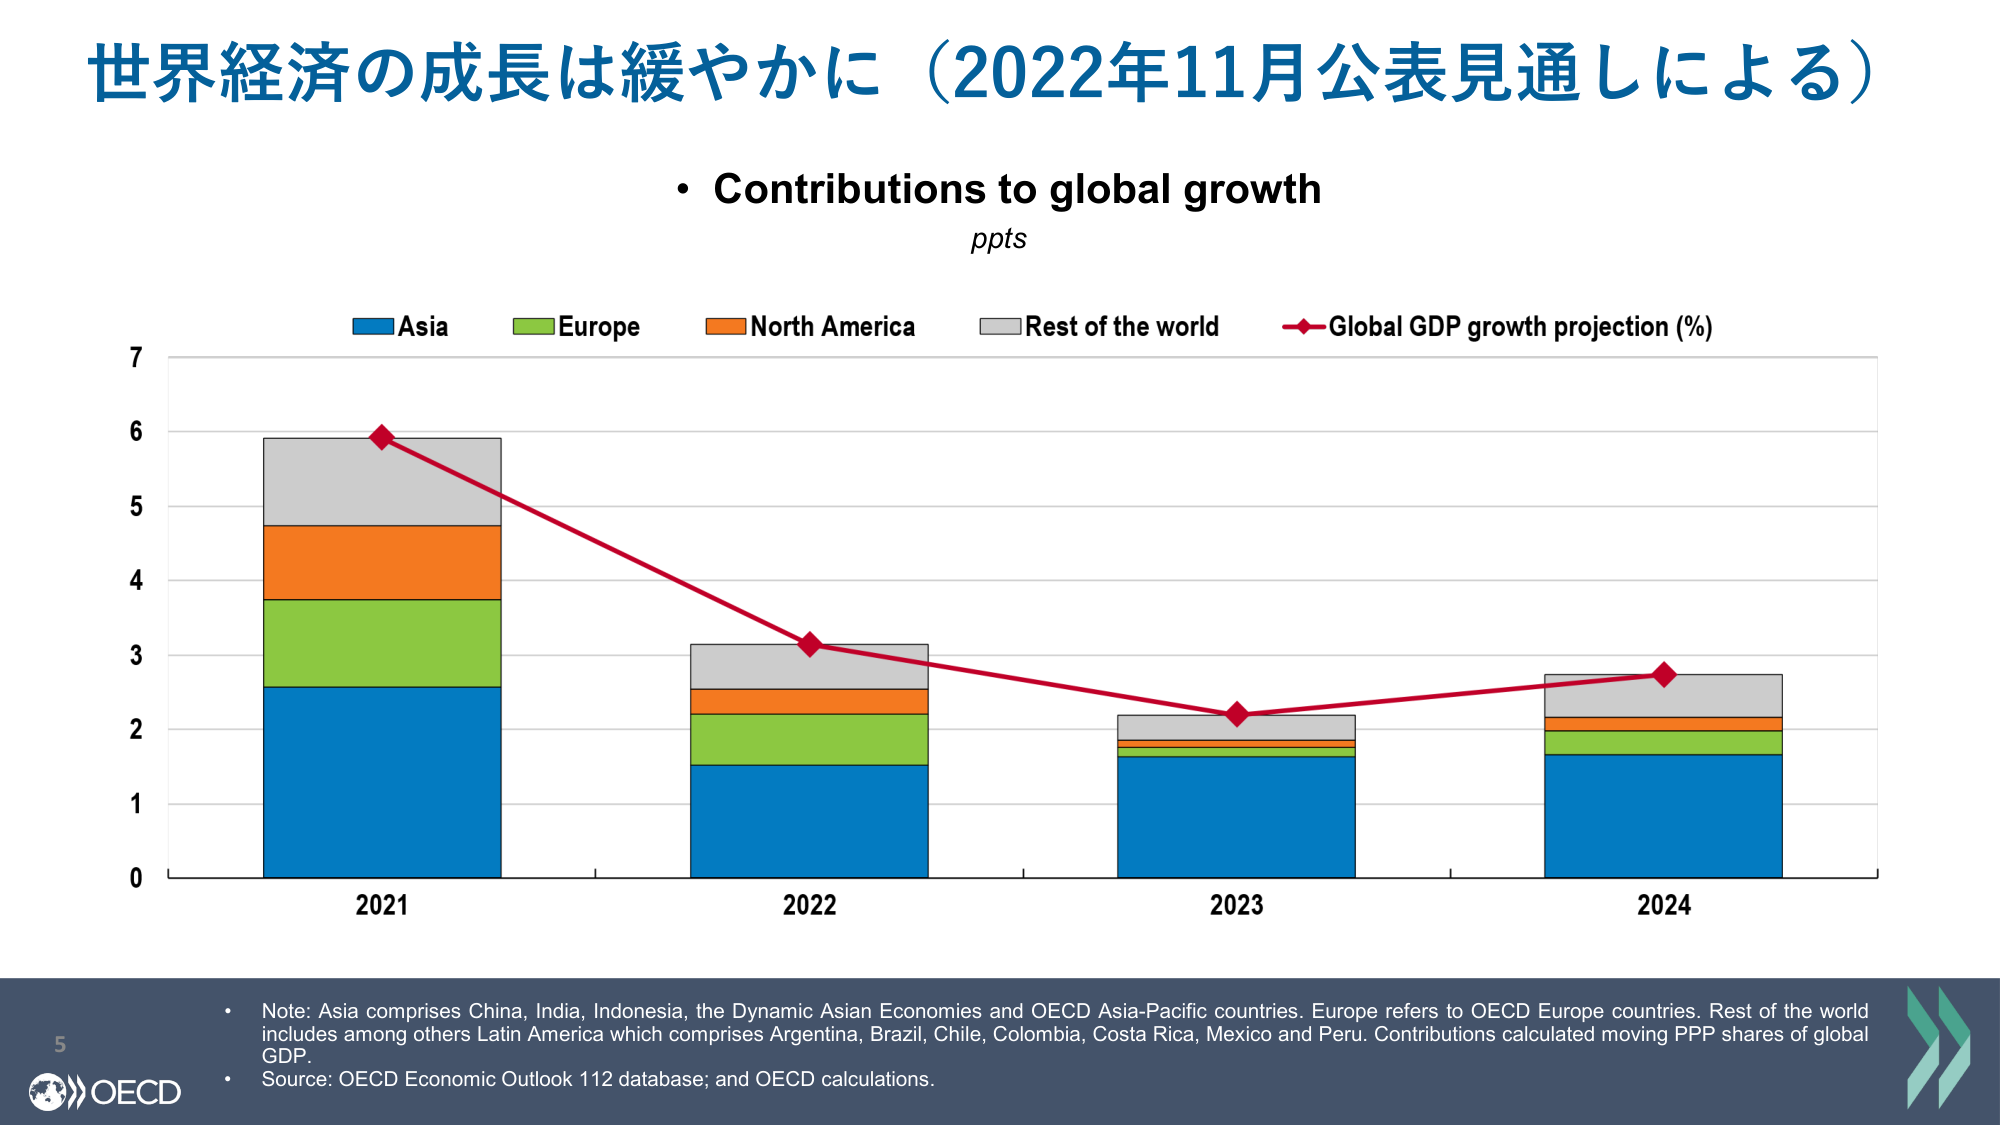
世界経済の成長は緩やかに（2022年11月公表見通しによる）

• Contributions to global growth
  pts

Asia
Europe
North America
Rest of the world
Global GDP growth projection (%)

7
6
5
4
3
2
1
0

2021
2022
2023
2024

• Note: Asia comprises China, India, Indonesia, the Dynamic Asian Economies and OECD Asia-Pacific countries. Europe refers to OECD Europe countries. Rest of the world includes among others Latin America which comprises Argentina, Brazil, Chile, Colombia, Costa Rica, Mexico and Peru. Contributions calculated moving PPP shares of global GDP.
• Source: OECD Economic Outlook 112 database; and OECD calculations.

5
OECD